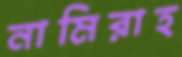
নামিরাহ